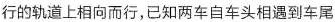
行的轨道上相向而行，已知两车自车头相遇到车尾